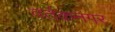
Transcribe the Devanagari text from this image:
वर्तकनगर